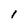
Character: I